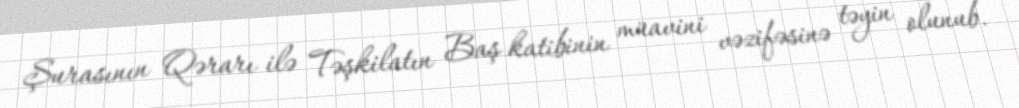
Şurasının Qərarı ilə Təşkilatın Baş katibinin müavini vəzifəsinə təyin olunub.